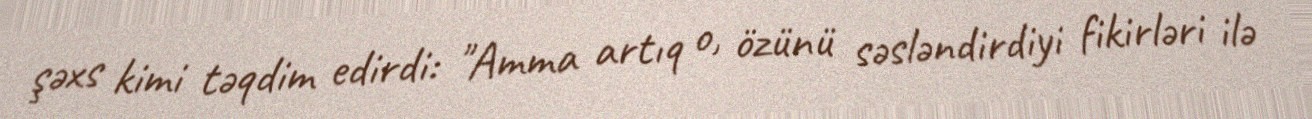
şəxs kimi təqdim edirdi: "Amma artıq o, özünü səsləndirdiyi fikirləri ilə